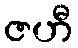
ဇဟီ